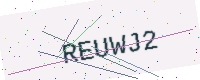
Text: REUWJ2